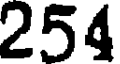
254